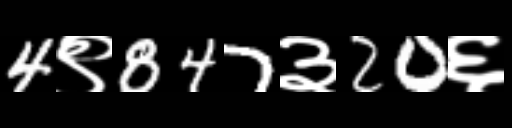
Text: 4९847३20६